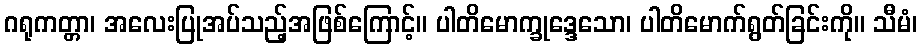
ဂရုကတ္တာ၊ အလေးပြုအပ်သည့်အဖြစ်ကြောင့်။ ပါတိမောက္ခုဒ္ဒေသော၊ ပါတိမောက်ရွတ်ခြင်းကို။ သီမံ၊